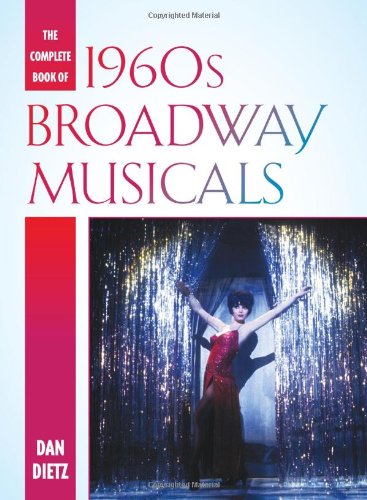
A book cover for The Complete Book of 1960s Broadway Musicals; Dan Dietz; Humor & Entertainment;